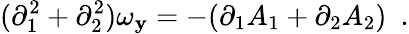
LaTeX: (\partial_{1}^{2}+\partial_{2}^{2})\omega_{\mathbf{y}}=-(\partial_{1}A_{1}+\partial_{2}A_{2})~~.